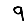
Digit: 9